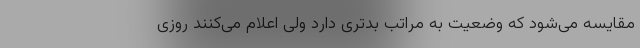
مقایسه می‌شود که وضعیت به مراتب بدتری دارد ولی اعلام می‌کنند روزی